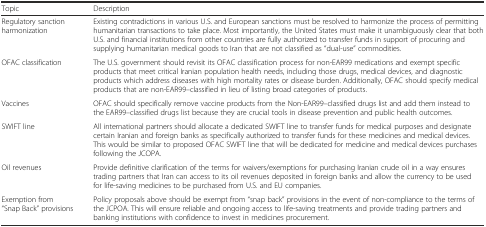
| Topic | Description |
 | --- | --- |
 | Regulatory sanction harmonization | Existing contradictions in various U.S. and European sanctions must be resolved to harmonize the process of permitting humanitarian transactions to take place. Most importantly, the United States must make it unambiguously clear that both U.S. and financial institutions from other countries are fully authorized to transfer funds in support of procuring and supplying humanitarian medical goods to Iran that are not classified as “dual-use” commodities. |
 | OFAC classification | The U.S. government should revisit its OFAC classification process for non-EAR99 medications and exempt specific products that meet critical Iranian population health needs, including those drugs, medical devices, and diagnostic products which address diseases with high mortality rates or disease burden. Additionally, OFAC should specify medical products that are non-EAR99–classified in lieu of listing broad categories of products. |
 | Vaccines | OFAC should specifically remove vaccine products from the Non-EAR99–classified drugs list and add them instead to the EAR99–classified drugs list because they are crucial tools in disease prevention and public health outcomes. |
 | SWIFT line | All international partners should allocate a dedicated SWIFT line to transfer funds for medical purposes and designate certain Iranian and foreign banks as specifically authorized to transfer funds for these medicines and medical devices. This would be similar to proposed OFAC SWIFT line that will be dedicated for medicine and medical devices purchases following the JCOPA. |
 | Oil revenues | Provide definitive clarification of the terms for waivers/exemptions for purchasing Iranian crude oil in a way ensures trading partners that Iran can access to its oil revenues deposited in foreign banks and allow the currency to be used for life-saving medicines to be purchased from U.S. and EU companies. |
 | Exemption from “Snap Back” provisions | Policy proposals above should be exempt from “snap back” provisions in the event of non-compliance to the terms of the JCPOA. This will ensure reliable and ongoing access to life-saving treatments and provide trading partners and banking institutions with confidence to invest in medicines procurement. |